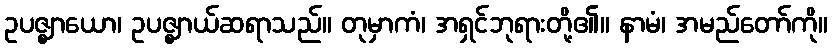
ဥပဇ္ဈာယော၊ ဥပဇ္ဈာယ်ဆရာသည်။ တုမှာကံ၊ အရှင်ဘုရားတို့၏။ နာမံ၊ အမည်တော်ကို။